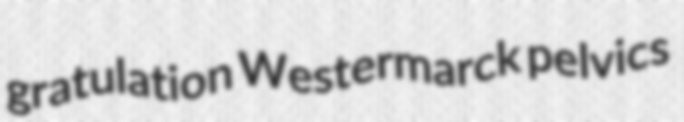
gratulation Westermarck pelvics